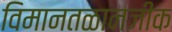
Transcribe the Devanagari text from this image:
विमानतळानजीक